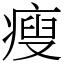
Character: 瘦